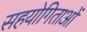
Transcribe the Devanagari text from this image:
सहयोगिताओं